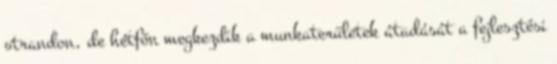
strandon, de hétfőn megkezdik a munkaterületek átadását a fejlesztési